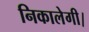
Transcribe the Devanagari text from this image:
निकालेगी।